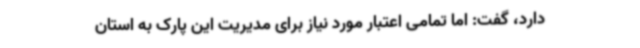
دارد، گفت: اما تمامی اعتبار مورد نیاز برای مدیریت این پارک به استان